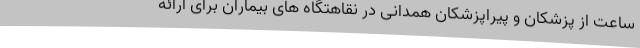
ساعت از پزشکان و پیراپزشکان همدانی در نقاهتگاه های بیماران برای ارائه